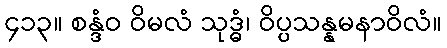
၄၁၃။ စန္ဒံဝ ဝိမလံ သုဒ္ဓံ၊ ဝိပ္ပသန္နမနာဝိလံ။